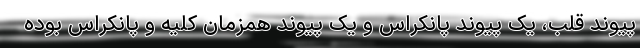
پیوند قلب، یک پیوند پانکراس و یک پیوند همزمان کلیه و پانکراس بوده